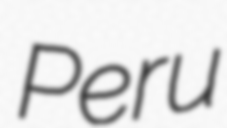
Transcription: Peru